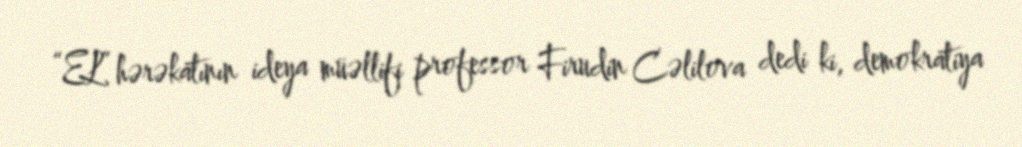
“EL” hərəkatının ideya müəllifi professor Firudin Cəlilova dedi ki, demokratiya